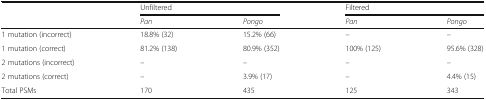
| <ROWSPAN=2>  | <COLSPAN=2> Unfiltered | <COLSPAN=2> Filtered |
 | Pan | Pongo | Pan | Pongo |
 | --- | --- | --- | --- | --- |
 | 1 mutation (incorrect) | 18.8% (32) | 15.2% (66) | – | – |
 | 1 mutation (correct) | 81.2% (138) | 80.9% (352) | 100% (125) | 95.6% (328) |
 | 2 mutations (incorrect) | – | – | – | – |
 | 2 mutations (correct) | – | 3.9% (17) | – | 4.4% (15) |
 | Total PSMs | 170 | 435 | 125 | 343 |